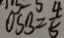
O S B = \frac { 4 } { 5 }